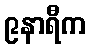
၉နာရီက